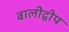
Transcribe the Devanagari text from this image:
बालीद्वीप